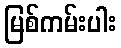
မြစ်ကမ်းပါး